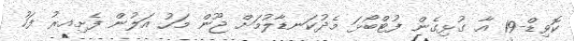
ކޮވިޑް-19 އާ ގުޅިގެން ފުޓްބޯޅަ މެދުކަނޑާލުމަށް ޖޫން މަހު އަލުން ފެށިއރު ފަހު